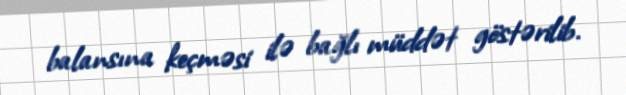
balansına keçməsi ilə bağlı müddət göstərilib.